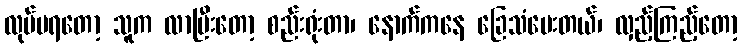
လုပ်မရတော့ သူက လာပြီးတော့ စည်းရုံးတာ၊ နောက်ကနေ ခြေသံပေးတယ်၊ လှည့်ကြည့်တော့